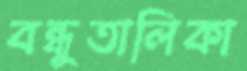
বন্ধুতালিকা